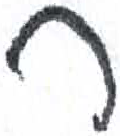
אות: ר